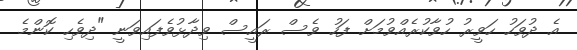
އެ ދުވަހު ހަވީރު ހުވާކުރެއްވުމަށް ފަހު ވެސް ރައީސް ވިދާޅުވެފައިވަނީ "ދިވެހި ކޮންމެ